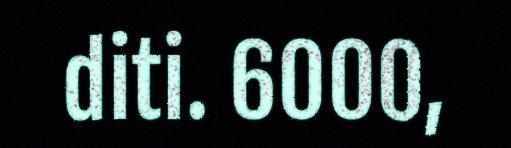
diti. 6000,